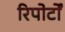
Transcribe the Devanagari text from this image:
रिपोर्टाें